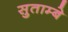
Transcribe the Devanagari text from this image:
सुताम्बे